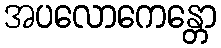
အပလောကေန္တော